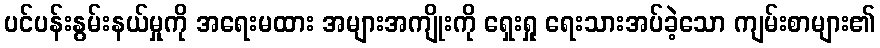
ပင်ပန်းနွမ်းနယ်မှုကို အရေးမထား အများအကျိုးကို ရှေးရှု ရေးသားအပ်ခဲ့သော ကျမ်းစာများ၏